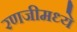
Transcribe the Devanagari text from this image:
रणजीमध्ये